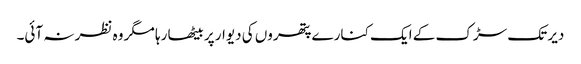
دیر تک سڑک کے ایک کنارے پتھروں کی دیوار پر بیٹھا رہا مگر وہ نظر نہ آئی۔